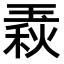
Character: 𤧦